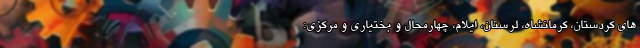
های کردستان، کرمانشاه، لرستان، ایلام، چهارمحال و بختیاری و مرکزی: